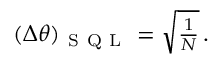
\begin{array} { r } { ( \Delta \theta ) _ { \mathrm { ~ S ~ Q ~ L ~ } } = \sqrt { \frac { 1 } { N } } \, . } \end{array}